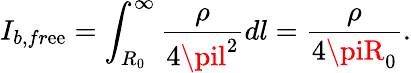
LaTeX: I_{b,fr\mathrm{e}\mathrm{e}}=\int_{R_{0}}^{\infty}\frac{{\rho}}{{4\pil^{2}}}dl=\frac{{\rho}}{{4\piR_{0}}}.